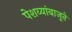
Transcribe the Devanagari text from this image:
पेशव्यांबाजूने